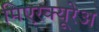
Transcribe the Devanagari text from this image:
मिएरक्यूरेअ